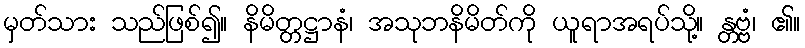
မှတ်သား သည်ဖြစ်၍။ နိမိတ္တဋ္ဌာနံ၊ အသုဘနိမိတ်ကို ယူရာအရပ်သို့။ န္တဗ္ဗံ၊ ၏။